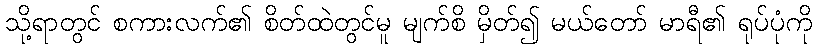
သို့ရာတွင် စကားလက်၏ စိတ်ထဲတွင်မူ မျက်စိ မှိတ်၍ မယ်တော် မာရီ၏ ရုပ်ပုံကို